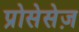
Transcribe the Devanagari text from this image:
प्रोसेसेज़